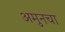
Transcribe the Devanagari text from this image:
अमुनचा